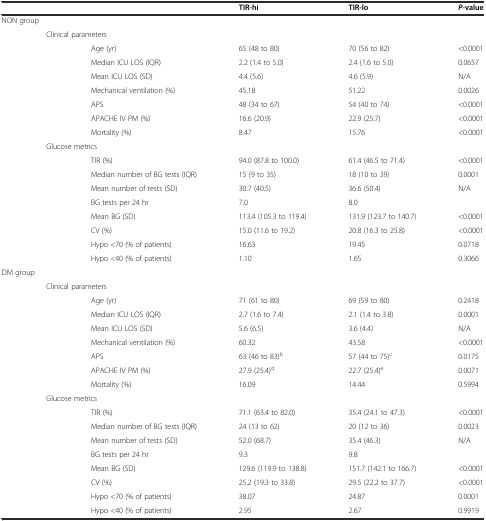
<table><thead><tr><td colspan="3"></td><td><b>TIR-hi</b></td><td><b>TIR-lo</b></td><td><b><i>P</i>-value</b></td></tr></thead><tbody><tr><td colspan="3">NON group</td><td></td><td></td><td></td></tr><tr><td></td><td colspan="2">Clinical parameters</td><td></td><td></td><td></td></tr><tr><td></td><td></td><td>Age (yr)</td><td>65 (48 to 80)</td><td>70 (56 to 82)</td><td>&lt;0.0001</td></tr><tr><td></td><td></td><td>Median ICU LOS (IQR)</td><td>2.2 (1.4 to 5.0)</td><td>2.4 (1.6 to 5.0)</td><td>0.0657</td></tr><tr><td></td><td></td><td>Mean ICU LOS (SD)</td><td>4.4 (5.6)</td><td>4.6 (5.9)</td><td>N/A</td></tr><tr><td></td><td></td><td>Mechanical ventilation (%)</td><td>45.18</td><td>51.22</td><td>0.0026</td></tr><tr><td></td><td></td><td>APS</td><td>48 (34 to 67)</td><td>54 (40 to 74)</td><td>&lt;0.0001</td></tr><tr><td></td><td></td><td>APACHE IV PM (%)</td><td>16.6 (20.9)</td><td>22.9 (25.7)</td><td>&lt;0.0001</td></tr><tr><td></td><td></td><td>Mortality (%)</td><td>8.47</td><td>15.76</td><td>&lt;0.0001</td></tr><tr><td></td><td colspan="2">Glucose metrics</td><td></td><td></td><td></td></tr><tr><td></td><td></td><td>TIR (%)</td><td>94.0 (87.8 to 100.0)</td><td>61.4 (46.5 to 71.4)</td><td>&lt;0.0001</td></tr><tr><td></td><td></td><td>Median number of BG tests (IQR)</td><td>15 (9 to 35)</td><td>18 (10 to 39)</td><td>0.0001</td></tr><tr><td></td><td></td><td>Mean number of tests (SD)</td><td>30.7 (40.5)</td><td>36.6 (50.4)</td><td>N/A</td></tr><tr><td></td><td></td><td>BG tests per 24 hr</td><td>7.0</td><td>8.0</td><td></td></tr><tr><td></td><td></td><td>Mean BG (SD)</td><td>113.4 (105.3 to 119.4)</td><td>131.9 (123.7 to 140.7)</td><td>&lt;0.0001</td></tr><tr><td></td><td></td><td>CV (%)</td><td>15.0 (11.6 to 19.2)</td><td>20.8 (16.3 to 25.8)</td><td>&lt;0.0001</td></tr><tr><td></td><td></td><td>Hypo &lt;70 (% of patients)</td><td>16.63</td><td>19.45</td><td>0.0718</td></tr><tr><td></td><td></td><td>Hypo &lt;40 (% of patients)</td><td>1.10</td><td>1.65</td><td>0.3066</td></tr><tr><td colspan="3">DM group</td><td></td><td></td><td></td></tr><tr><td></td><td colspan="2">Clinical parameters</td><td></td><td></td><td></td></tr><tr><td></td><td></td><td>Age (yr)</td><td>71 (61 to 80)</td><td>69 (59 to 80)</td><td>0.2418</td></tr><tr><td></td><td></td><td>Median ICU LOS (IQR)</td><td>2.7 (1.6 to 7.4)</td><td>2.1 (1.4 to 3.8)</td><td>0.0001</td></tr><tr><td></td><td></td><td>Mean ICU LOS (SD)</td><td>5.6 (6.5)</td><td>3.6 (4.4)</td><td>N/A</td></tr><tr><td></td><td></td><td>Mechanical ventilation (%)</td><td>60.32</td><td>43.58</td><td>&lt;0.0001</td></tr><tr><td></td><td></td><td>APS</td><td>63 (46 to 83)<sup>b</sup></td><td>57 (44 to 75)<sup>c</sup></td><td>0.0175</td></tr><tr><td></td><td></td><td>APACHE IV PM (%)</td><td>27.9 (25.4)<sup>d</sup></td><td>22.7 (25.4)<sup>e</sup></td><td>0.0071</td></tr><tr><td></td><td></td><td>Mortality (%)</td><td>16.09</td><td>14.44</td><td>0.5994</td></tr><tr><td></td><td colspan="2">Glucose metrics</td><td></td><td></td><td></td></tr><tr><td></td><td></td><td>TIR (%)</td><td>71.1 (63.4 to 82.0)</td><td>35.4 (24.1 to 47.3)</td><td>&lt;0.0001</td></tr><tr><td></td><td></td><td>Median number of BG tests (IQR)</td><td>24 (13 to 62)</td><td>20 (12 to 36)</td><td>0.0023</td></tr><tr><td></td><td></td><td>Mean number of tests (SD)</td><td>52.0 (68.7)</td><td>35.4 (46.3)</td><td>N/A</td></tr><tr><td></td><td></td><td>BG tests per 24 hr</td><td>9.3</td><td>9.8</td><td></td></tr><tr><td></td><td></td><td>Mean BG (SD)</td><td>129.6 (119.9 to 138.8)</td><td>151.7 (142.1 to 166.7)</td><td>&lt;0.0001</td></tr><tr><td></td><td></td><td>CV (%)</td><td>25.2 (19.3 to 33.8)</td><td>29.5 (22.2 to 37.7)</td><td>&lt;0.0001</td></tr><tr><td></td><td></td><td>Hypo &lt;70 (% of patients)</td><td>38.07</td><td>24.87</td><td>0.0001</td></tr><tr><td></td><td></td><td>Hypo &lt;40 (% of patients)</td><td>2.95</td><td>2.67</td><td>0.9919</td></tr></tbody></table>